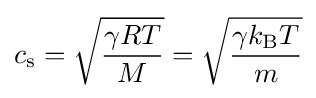
c_{\text{s}}={\sqrt {\frac {\gamma RT}{M}}}={\sqrt {\frac {\gamma k_{\text{B}}T}{m}}}